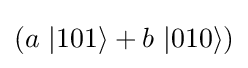
(a\ |101\rangle +b\ |010\rangle )